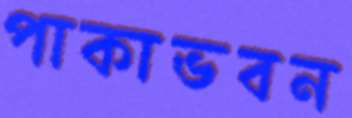
পাকাভবন